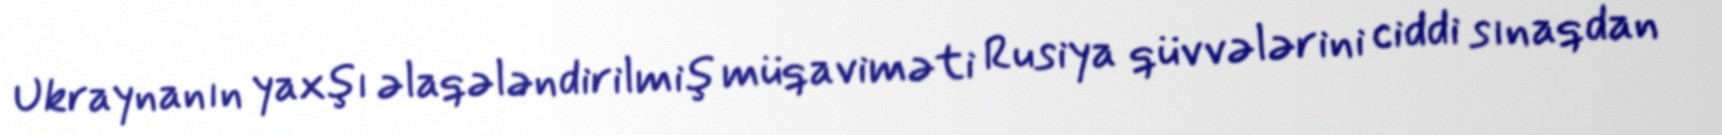
Ukraynanın yaxşı əlaqələndirilmiş müqaviməti Rusiya qüvvələrini ciddi sınaqdan